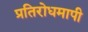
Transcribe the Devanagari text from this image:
प्रतिरोधमापी